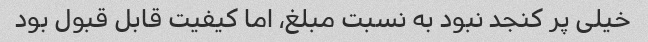
خیلی پر کنجد نبود به نسبت مبلغ، اما کیفیت قابل قبول بود